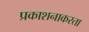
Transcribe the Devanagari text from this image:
प्रकाशनाकरता